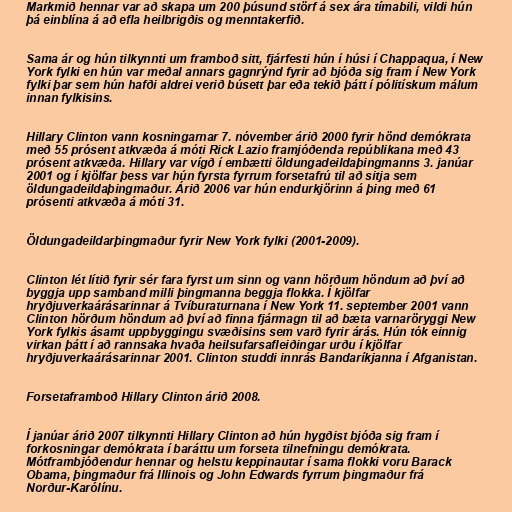
Markmið hennar var að skapa um 200 þúsund störf á sex ára tímabili, vildi hún
þá einblína á að efla heilbrigðis og menntakerfið.

Sama ár og hún tilkynnti um framboð sitt, fjárfesti hún í húsi í Chappaqua, í New
York fylki en hún var meðal annars gagnrýnd fyrir að bjóða sig fram í New York
fylki þar sem hún hafði aldrei verið búsett þar eða tekið þátt í pólitískum málum
innan fylkisins.

Hillary Clinton vann kosningarnar 7. nóvember árið 2000 fyrir hönd demókrata
með 55 prósent atkvæða á móti Rick Lazio framjóðenda repúblikana með 43
prósent atkvæða. Hillary var vígð í embætti öldungadeildaþingmanns 3. janúar
2001 og í kjölfar þess var hún fyrsta fyrrum forsetafrú til að sitja sem
öldungadeildaþingmaður. Árið 2006 var hún endurkjörinn á þing með 61
prósenti atkvæða á móti 31.

Öldungadeildarþingmaður fyrir New York fylki (2001-2009).

Clinton lét lítið fyrir sér fara fyrst um sinn og vann hörðum höndum að því að
byggja upp samband milli þingmanna beggja flokka. Í kjölfar
hryðjuverkaárásarinnar á Tvíburaturnana í New York 11. september 2001 vann
Clinton hörðum höndum að því að finna fjármagn til að bæta varnaröryggi New
York fylkis ásamt uppbyggingu svæðisins sem varð fyrir árás. Hún tók einnig
virkan þátt í að rannsaka hvaða heilsufarsafleiðingar urðu í kjölfar
hryðjuverkaárásarinnar 2001. Clinton studdi innrás Bandaríkjanna í Afganistan.

Forsetaframboð Hillary Clinton árið 2008.

Í janúar árið 2007 tilkynnti Hillary Clinton að hún hygðist bjóða sig fram í
forkosningar demókrata í baráttu um forseta tilnefningu demókrata.
Mótframbjóðendur hennar og helstu keppinautar í sama flokki voru Barack
Obama, þingmaður frá Illinois og John Edwards fyrrum þingmaður frá
Norður-Karólínu.